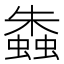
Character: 𧑤